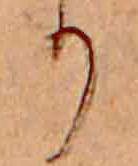
り